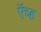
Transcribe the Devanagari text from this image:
ऍच्ह